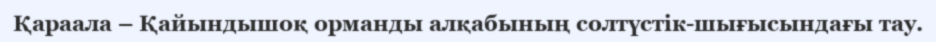
Қараала – Қайындышоқ орманды алқабының солтүстік-шығысындағы тау.